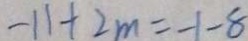
- 1 1 + 2 m = - 1 - 8